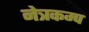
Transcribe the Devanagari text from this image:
नेत्रकम्प